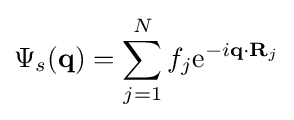
\Psi _{s}(\mathbf {q} )=\sum _{j=1}^{N}f_{j}\mathrm {e} ^{-i\mathbf {q} \cdot \mathbf {R} _{j}}